Rangoon Lunatic Asylum 1878-1892 - 1878-1892
Year: 1878
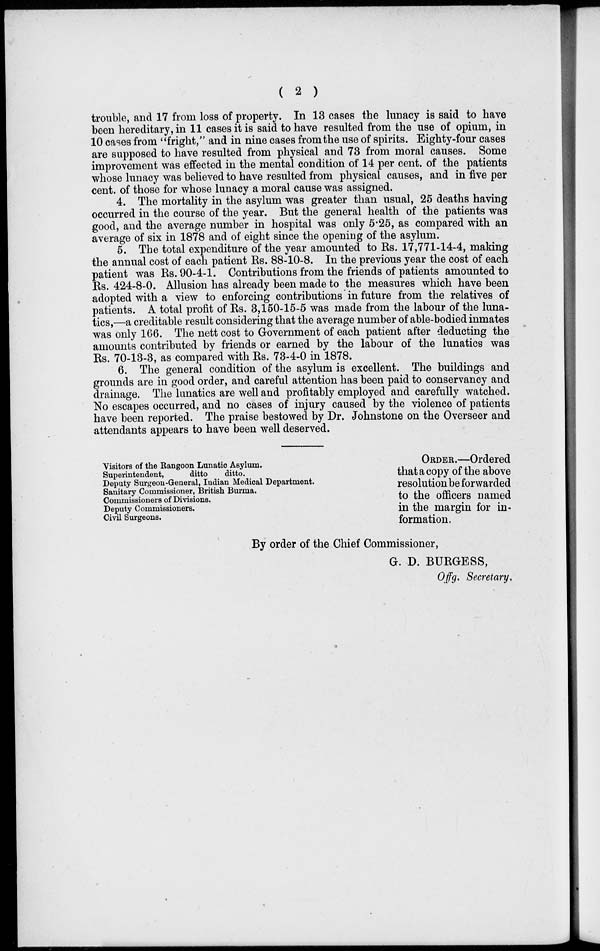
( 2 )
trouble, and 17 from loss of property. In 13 cases the lunacy is said to have
been hereditary, in 11 cases it is said to have resulted from the use of opium, in
10 cases from "fright," and in nine cases from the use of spirits. Eighty-four cases
are supposed to have resulted from physical and 73 from moral causes. Some
improvement was effected in the mental condition of 14 per cent. of the patients
whose lunacy was believed to have resulted from physical causes, and in five per
cent. of those for whose lunacy a moral cause was assigned.
4. The mortality in the asylum was greater than usual, 25 deaths having
occurred in the course of the year. But the general health of the patients was
good, and the average number in hospital was only 5.25, as compared with an
average of six in 1878 and of eight since the opening of the asylum.
5. The total expenditure of the year amounted to Rs. 17,771-14-4, making
the annual cost of each patient Rs. 88-10-8. In the previous year the cost of each
patient was Rs. 90-4-1. Contributions from the friends of patients amounted to
Rs. 424-8-0. Allusion has already been made to the measures which have been
adopted with a view to enforcing contributions in future from the relatives of
patients. A total profit of Rs. 3,150-15-5 was made from the labour of the luna-
tics,—a creditable result considering that the average number of able-bodied inmates
was only 166. The nett cost to Government of each patient after deducting the
amounts contributed by friends or earned by the labour of the lunatics was
Rs. 70-13-3, as compared with Rs. 73-4-0 in 1878.
6. The general condition of the asylum is excellent. The buildings and
grounds are in good order, and careful attention has been paid to conservancy and
drainage. The lunatics are well and profitably employed and carefully watched.
No escapes occurred, and no cases of injury caused by the violence of patients
have been reported. The praise bestowed by Dr. Johnstone on the Overseer and
attendants appears to have been well deserved.
Visitors of the Rangoon Lunatic Asylum.
Superintendent,
ditto
ditto.
Deputy Surgeon-General, Indian Medical Department.
Sanitary Commissioner, British Burma.
Commissioners of Divisions.
Deputy Commissioners.
Civil Surgeons.
ORDER.—Ordered
that a copy of the above
resolution be forwarded
to the officers named
in the margin for in-
formation.
By order of the Chief Commissioner,
G. D. BURGESS,
Offg. Secretary,